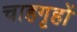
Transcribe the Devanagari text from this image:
चाहगृहों